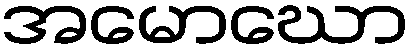
အမောဃော